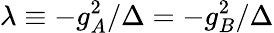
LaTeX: \lambda\equiv-g_{A}^{2}/\Delta=-g_{B}^{2}/\Delta